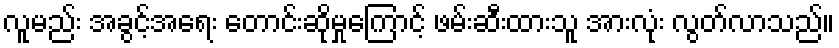
လူမည်း အခွင့်အရေး တောင်းဆိုမှုကြောင့် ဖမ်းဆီးထားသူ အားလုံး လွတ်လာသည်။